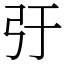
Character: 弙